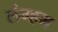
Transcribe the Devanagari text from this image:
लंग्हम